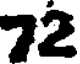
72